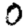
Digit: 0